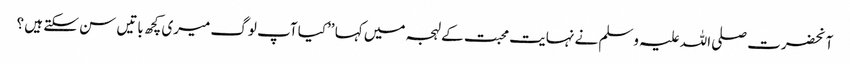
آنحضرت صلی اللہ علیہ وسلم نے نہایت محبت کے لہجہ میں کہا ’’کیا آپ لوگ میری کچھ باتیں سن سکتے ہیں ؟